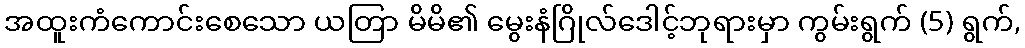
အထူးကံကောင်းစေသော ယတြာ မိမိ၏ မွေးနံဂြိုလ်ဒေါင့်ဘုရားမှာ ကွမ်းရွက် (5) ရွက်,